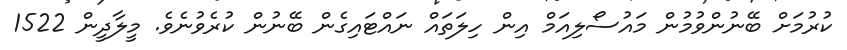
ކުރުމަށް ބޭނުންވުމުން މައުސޯލިއަމް އިން ހިލަތައް ނައްޓައިގެން ބޭނުން ކުރެވުނެވެ. މީލާދީން 1522